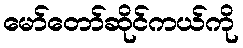
မော်တော်ဆိုင်ကယ်ကို